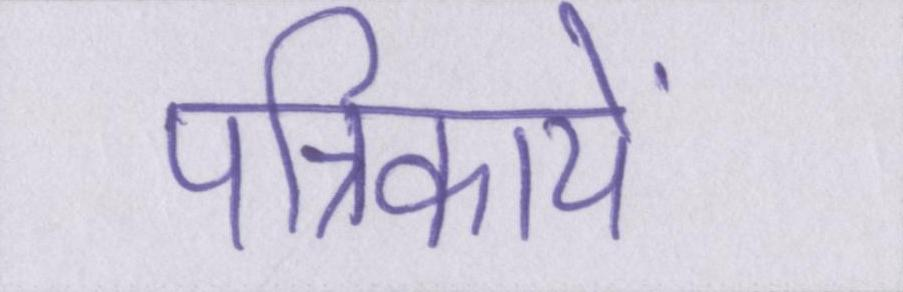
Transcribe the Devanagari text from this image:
पत्रिकायें